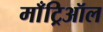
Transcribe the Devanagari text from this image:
माँट्रिऑल